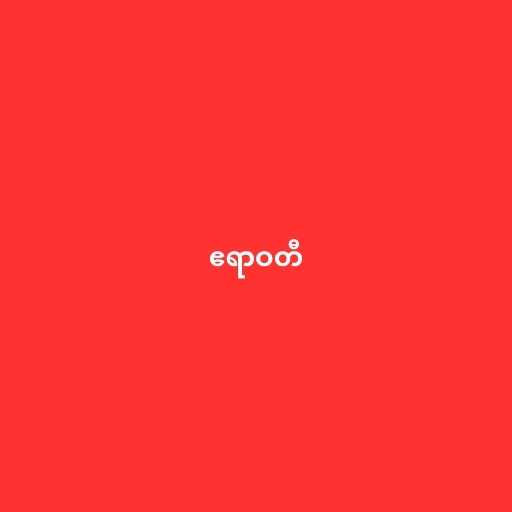
ဧရာဝတီ